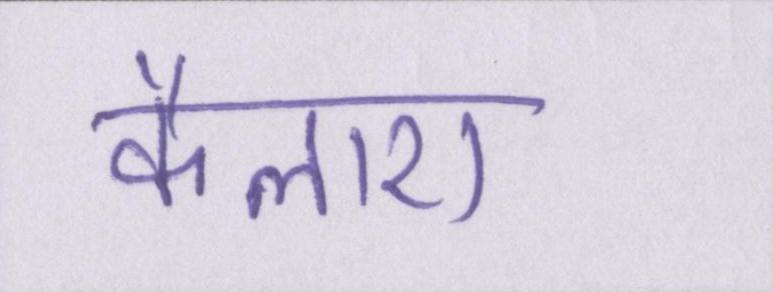
कैलाश